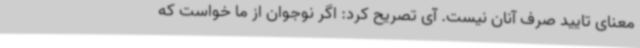
معنای تایید صرف آنان نیست‌. آی تصریح کرد: اگر نوجوان از ما خواست که